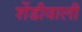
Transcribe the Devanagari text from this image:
शेंडीवाली